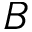
B